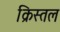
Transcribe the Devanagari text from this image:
क्रिस्तल